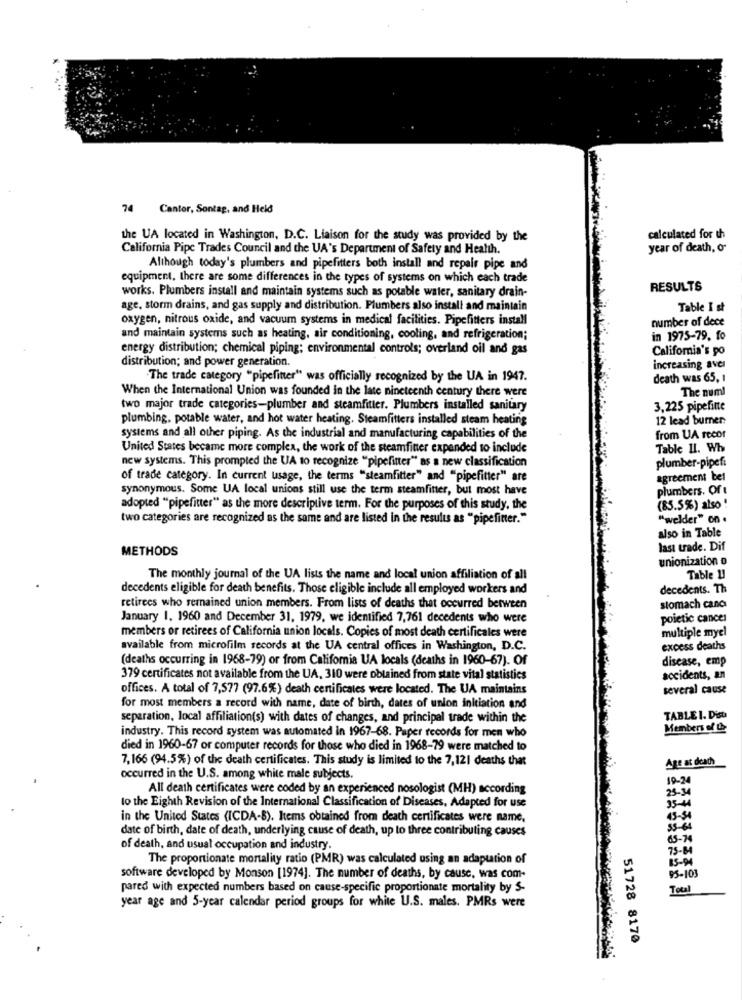
74 Cantor, Sontag, and Held
the UA located in Washington, D.C. Liaison for the study was provided by the
calculated for th
California Pipe Trades Council and the UA's Department of Safety and Health.
year of death, o'
Although today's plumbers and pipefitters both install and repair pipe and
equipment, there are some differences in the types of systems on which each trade
RESULTS
works. Plumbers install and maintain systems such as potable water, sanitary drain-
age, storm drains, and gas supply and distribution. Plumbers also install and maintain
Table I st
oxygen, nitrous oxide, and vacuum systems in medical facilities. Pipefitters install
number of dece
and maintain systems such as heating, air conditioning, cooling, and refrigeration;
in 1975-79. fo
energy distribution; chemical piping; environmental controls; overland oil and gas
California's po
distribution; and power generation.
increasing aver
"The trade category "pipefitter" was officially recognized by the UA in 1947.
death was 65, 1
When the International Union was founded in the late nineteenth century there were
The numl
two major trade categories-plumber and steamfitter. Plumbers installed sanitary
3,225 pipefine
plumbing, potable water, and hot water heating. Steamfitters installed steam heating
12 lead burner:
systems and all other piping. As the industrial and manufacturing capabilities of the
from UA recor
United States became more complex, the work of the steamfitter expended to include
Table 11. Wh
new systems. This prompted the UA to recognize "pipefinter" as a new classification
plumber-pipefi
of trade category. In current usage, the terms "steamfitter" and "pipefitter" are
agreement bel
synonymous. Some UA local unions still use the term steamfitter, but most have
plumbers. Of
adopted "pipefitter" as the more descriptive term. For the purposes of this study, the
(85.5%) also !
two categories are recognized as the same and are listed in the results as "pipefitter."
"welder" on.
also in Table
METHODS
lası trade. Dif
unionization o
The monthly journal of the UA lists the name and local union affiliation of all
Table !!
decedents eligible for death benefits. Those eligible include all employed workers and
decedents. Th
stomach canc
retirees who remained union members. From lists of deaths that occurred between
January 1. 1960 and December 31, 1979, we identified 7,761 decedents who were
poietic cancer
multiple myel
members or retirees of California union locals. Copies of most death certificales were
available from microfilm secords at the UA central offices in Washington, D.C.
excess deaths
(deaths occurring in 1968-79) or from California UA locals (deaths in 1960-67). Of
disease, emp
379 certificates not available from the UA. 310 were obtained from state vital statistics
accidents, an
offices. A total of 7,577 (97.6%) death certificates were located. The UA maintains
several cause
for most members a record with name, date of birth, dates of union initiation and
separation, local affiliation(s) with dates of changes, and principal trade within the
TABLE I. Dist
industry. This record system was automated in 1967-68. Paper records for men who
Members of Le
died in 1960-67 or computer records for those who died in 1968-79 were matched to
7,166 (94.5%) of the death certificates. This study is limited to the 7,121 deaths that
Age at death
occurred in the U.S. among white male subjects.
19-24
All death certificates were coded by an experienced nosologist (MH) according
25-34
to the Eighth Revision of the International Classification of Diseases, Adapted for use
35-44
in the United States (ICDA-8), Items obtained from death certificates were name,
43-54
date of birth, date of death, underlying cause of death, up to three contributing causes
15-64
65-74
of death, and usual occupation and industry.
75-84
The proportionate mortality ratio (PMR) was calculated using an adaptation of
85-94
software developed by Monson [1974]. The number of deaths, by cause, was com-
95-103
pared with expected numbers based on cause-specific proportionate mortality by S-
Total
year age and 5-year calendar period groups for white U.S. males. PMRs were
51728 8170